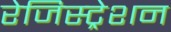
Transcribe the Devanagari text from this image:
रेजिस्ट्रेशन